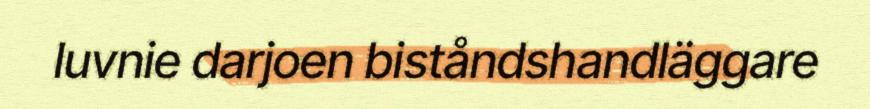
luvnie darjoen biståndshandläggare